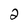
Character: 2